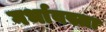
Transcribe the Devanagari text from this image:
गर्भावस्ता